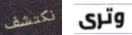
نكتشف وترى